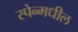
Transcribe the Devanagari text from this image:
स्पेन्मधील